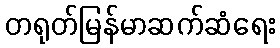
တရုတ်မြန်မာဆက်ဆံရေး